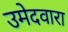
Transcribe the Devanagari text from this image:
उमेदवारा